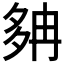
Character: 𡖝